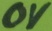
Text: 0V